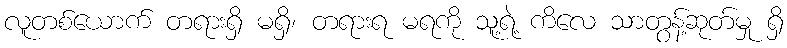
လူတစ်ယောက် တရားရှိ မရှိ၊ တရားရ မရကို သူ့ရဲ့ ကိလေ သာတွန့်ဆုတ်မှု ရှိ